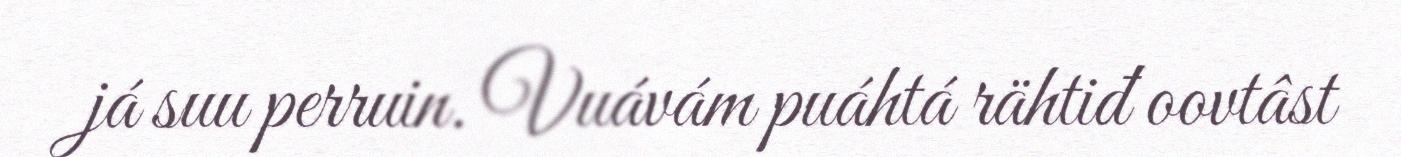
já suu perruin. Vuávám puáhtá rähtiđ oovtâst